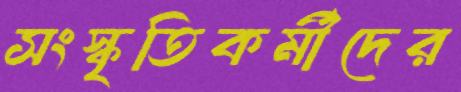
সংস্কৃতিকর্মীদের